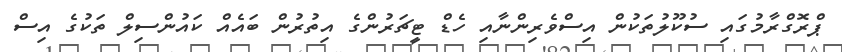
ޕްރޮގްރާމުގައި ސުކޫލުތަކުން އިސްވެރިންނާއި ހެޑް ޓީޗަރުންގެ އިތުރުން ބައެއް ކައުންސިލް ތަކުގެ އިސް